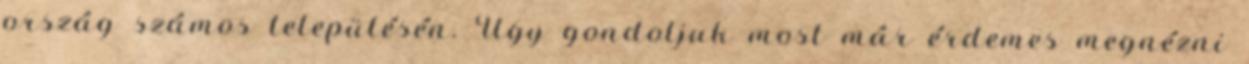
ország számos településén. Úgy gondoljuk most már érdemes megnézni